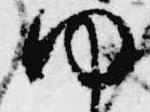
ゆ